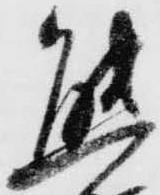
態